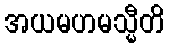
အယမဟမသ္မီတိ